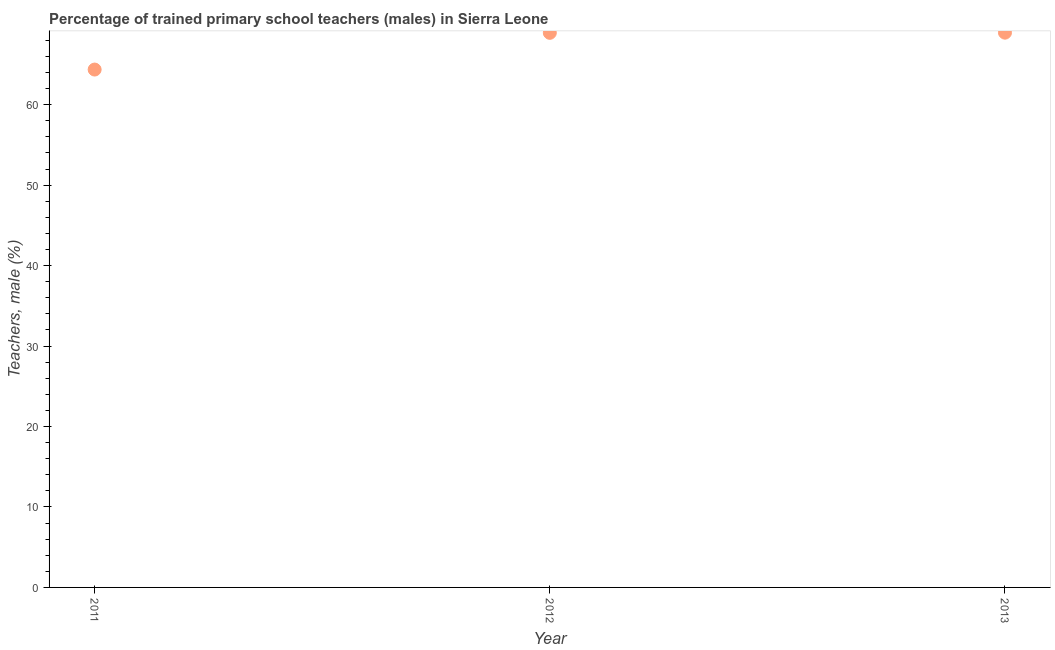
| Year | Trained teachers male |
 | --- | --- |
 | 2011 | 64.4 |
 | 2012 | 68.9 |
 | 2013 | 69 |